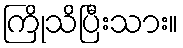
ကြိုသိပြီးသား။